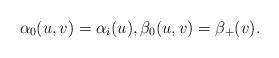
LaTeX: \begin{align*} \alpha_0(u,v)=\alpha_i(u),\beta_0(u,v)=\beta_+(v).\end{align*}